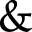
\mathbin { \& }